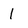
Character: 1